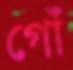
গোঁ